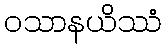
ဝသာနယိဿံ